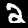
Label: 2